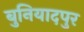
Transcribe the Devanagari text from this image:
बुनियादपुर